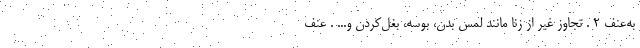
به‌عنف ۲ . تجاوز غیر از زنا مانند لمس بدن، بوسه، بغل‌کردن و... . عنف